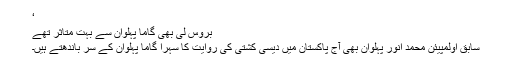
‘
بروس لی بھی گاما پہلوان سے بہت متاثر تھے
سابق اولمپیئن محمد انور پہلوان بھی آج پاکستان میں دیسی کشتی کی روایت کا سہرا گاما پہلوان کے سر باندھتے ہیں۔